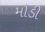
મોડી